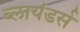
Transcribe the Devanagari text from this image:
ब्लायंडर्स